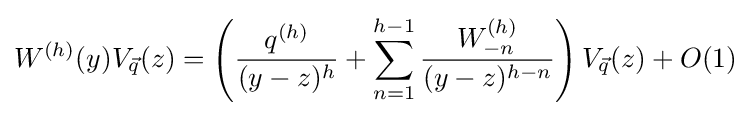
W^{(h)}(y)V_{\vec {q}}(z)=\left({\frac {q^{(h)}}{(y-z)^{h}}}+\sum _{n=1}^{h-1}{\frac {W_{-n}^{(h)}}{(y-z)^{h-n}}}\right)V_{\vec {q}}(z)+O(1)